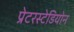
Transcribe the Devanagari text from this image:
प्रेटरस्टेडियोन